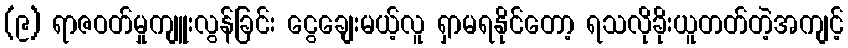
(၉) ရာဇဝတ်မှုကျူးလွန်ခြင်း ငွေချေးမယ့်လူ ရှာမရနိုင်တော့ ရသလိုခိုးယူတတ်တဲ့အကျင့်